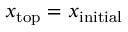
x _ { \mathrm { { t o p } } } = x _ { \mathrm { { i n i t i a l } } }